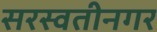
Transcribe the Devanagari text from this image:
सरस्वतीनगर